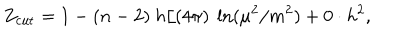
Z _ { \mathrm { c u t } } = 1 - ( n - 2 ) ~ h / ( 4 \pi ) ~ \ln ( \mu ^ { 2 } / m ^ { 2 } ) + 0 \cdot h ^ { 2 } ,